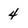
Character: 4